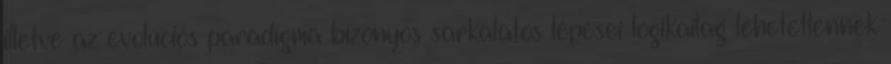
illetve az evolúciós paradigma bizonyos sarkalatos lépései logikailag lehetetlennek